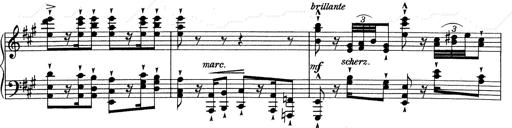
Title: RÃ©miniscences de Don Juan
Composer: Franz Liszt